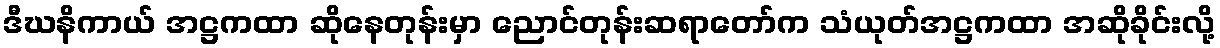
ဒီဃနိကာယ် အဋ္ဌကထာ ဆိုနေတုန်းမှာ ညောင်တုန်းဆရာတော်က သံယုတ်အဋ္ဌကထာ အဆိုခိုင်းလို့